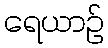
ရေယာဉ်